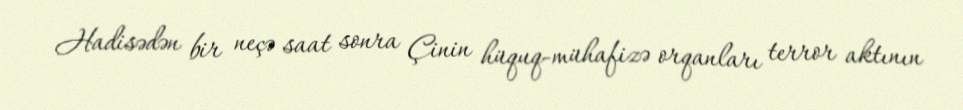
Hadisədən bir neçə saat sonra Çinin hüquq-mühafizə orqanları terror aktının